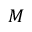
{ \cal { M } }